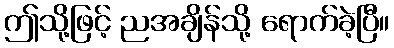
ဤသို့ဖြင့် ညအချိန်သို့ ရောက်ခဲ့ပြီ။